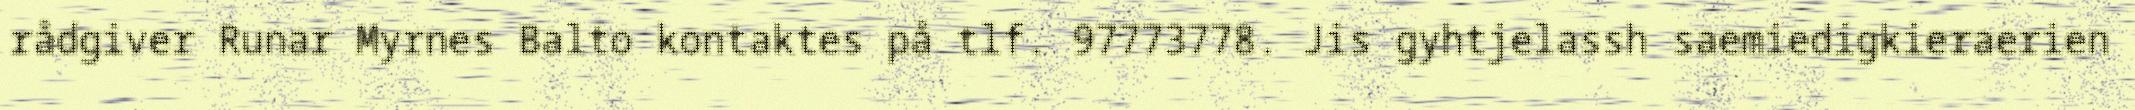
rådgiver Runar Myrnes Balto kontaktes på tlf. 97773778. Jis gyhtjelassh saemiedigkieraerien